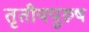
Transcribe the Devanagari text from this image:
तृतीयपुरुष